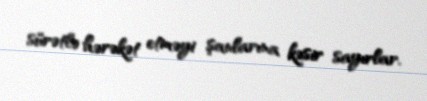
sürətlə hərəkət etməyi şanlarına kəsir sayırlar.